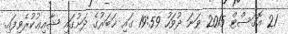
21 އޮގަސްޓް 2015 ވަނަ ދުވަހު 19:59 ގައި ޚަބަރުގެ ދަށުގައި ޝާއިޢުކުރެވިފައި.